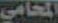
المحامي